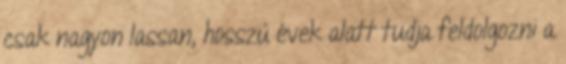
csak nagyon lassan, hosszú évek alatt tudja feldolgozni a